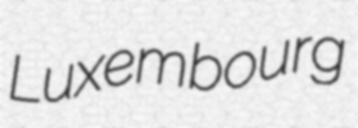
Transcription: Luxembourg